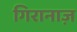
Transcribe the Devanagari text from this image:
गिरानाज़